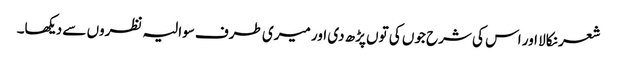
شعر نکالا اور اس کی شرح جوں کی توں پڑھ دی اور میری طرف سوالیہ نظروں سے دیکھا۔